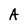
Character: A